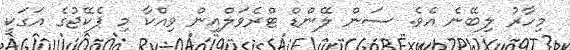
މިހާރު ލިބޭނެ އެވެ. ސަން ލޭންޑް ޓްރެވަލްއިން ވިއްކާ މި ޕެކޭޖުގެ އަގަކީ